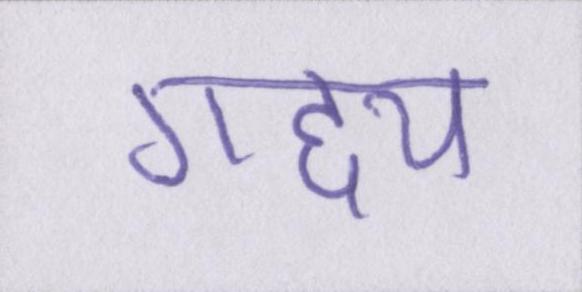
गद्द्य